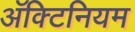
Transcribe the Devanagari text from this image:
अॅक्टिनियम